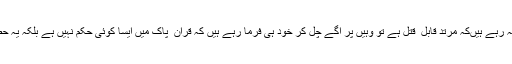
ڈاکٹر اسرار احمد جب اپنے لیکچر میں یہ کہہ رہے ہیںکہ مرتد قابل ِ قتل ہے تو وہیں پر آگے چل کر خود ہی فرما رہے ہیں کہ قران ِ پاک میں ایسا کوئی حکم نہیں ہے بلکہ یہ حضرت موسی کی" تورات "سے مستعار ہے ۔